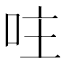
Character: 𠰍